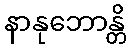
နာနုဘောန္တိ